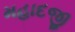
મહાદજી